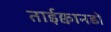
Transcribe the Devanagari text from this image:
ताईक्वानडो